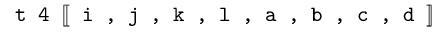
\texttt { t 4 } [ \! [ \texttt { i , j , k , l , a , b , c , d } ] \! ]